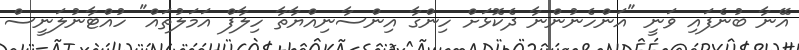
އޭނާ ބުނެފައި ވަނީ "އަންހެނުންނާ ދެކޮޅަށް ހިންގާ އިންސާނިއްޔާތާ ހިލާފް އަމަލުތައް" ހުއްޓާނުލަނީސް